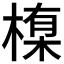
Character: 𪳊